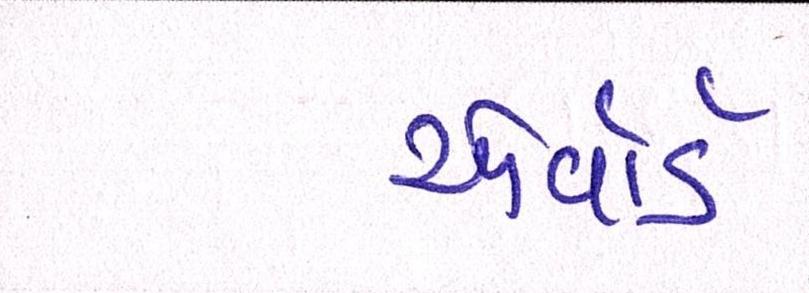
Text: એવૉર્ડ